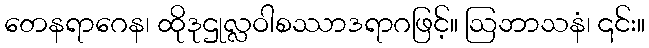
တေနရာဂေန၊ ထိုဒုဌုလ္လဝါစဿာဒရာဂဖြင့်။ ဩဘာသနံ၊ ၎င်း။